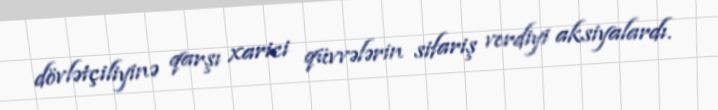
dövlətçiliyinə qarşı xarici qüvvələrin sifariş verdiyi aksiyalardı.